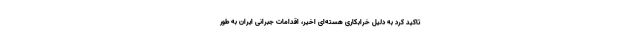
تاکید کرد به دلیل خرابکاری هسته‌ای اخیر، اقدامات جبرانی ایران به طور